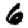
Digit: 6